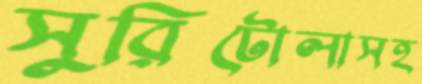
সুরিটোলাসহ